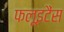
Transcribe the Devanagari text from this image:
फलूइटैंस